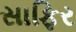
સાફિર